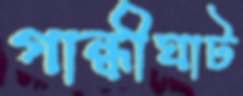
গান্ধীঘাট